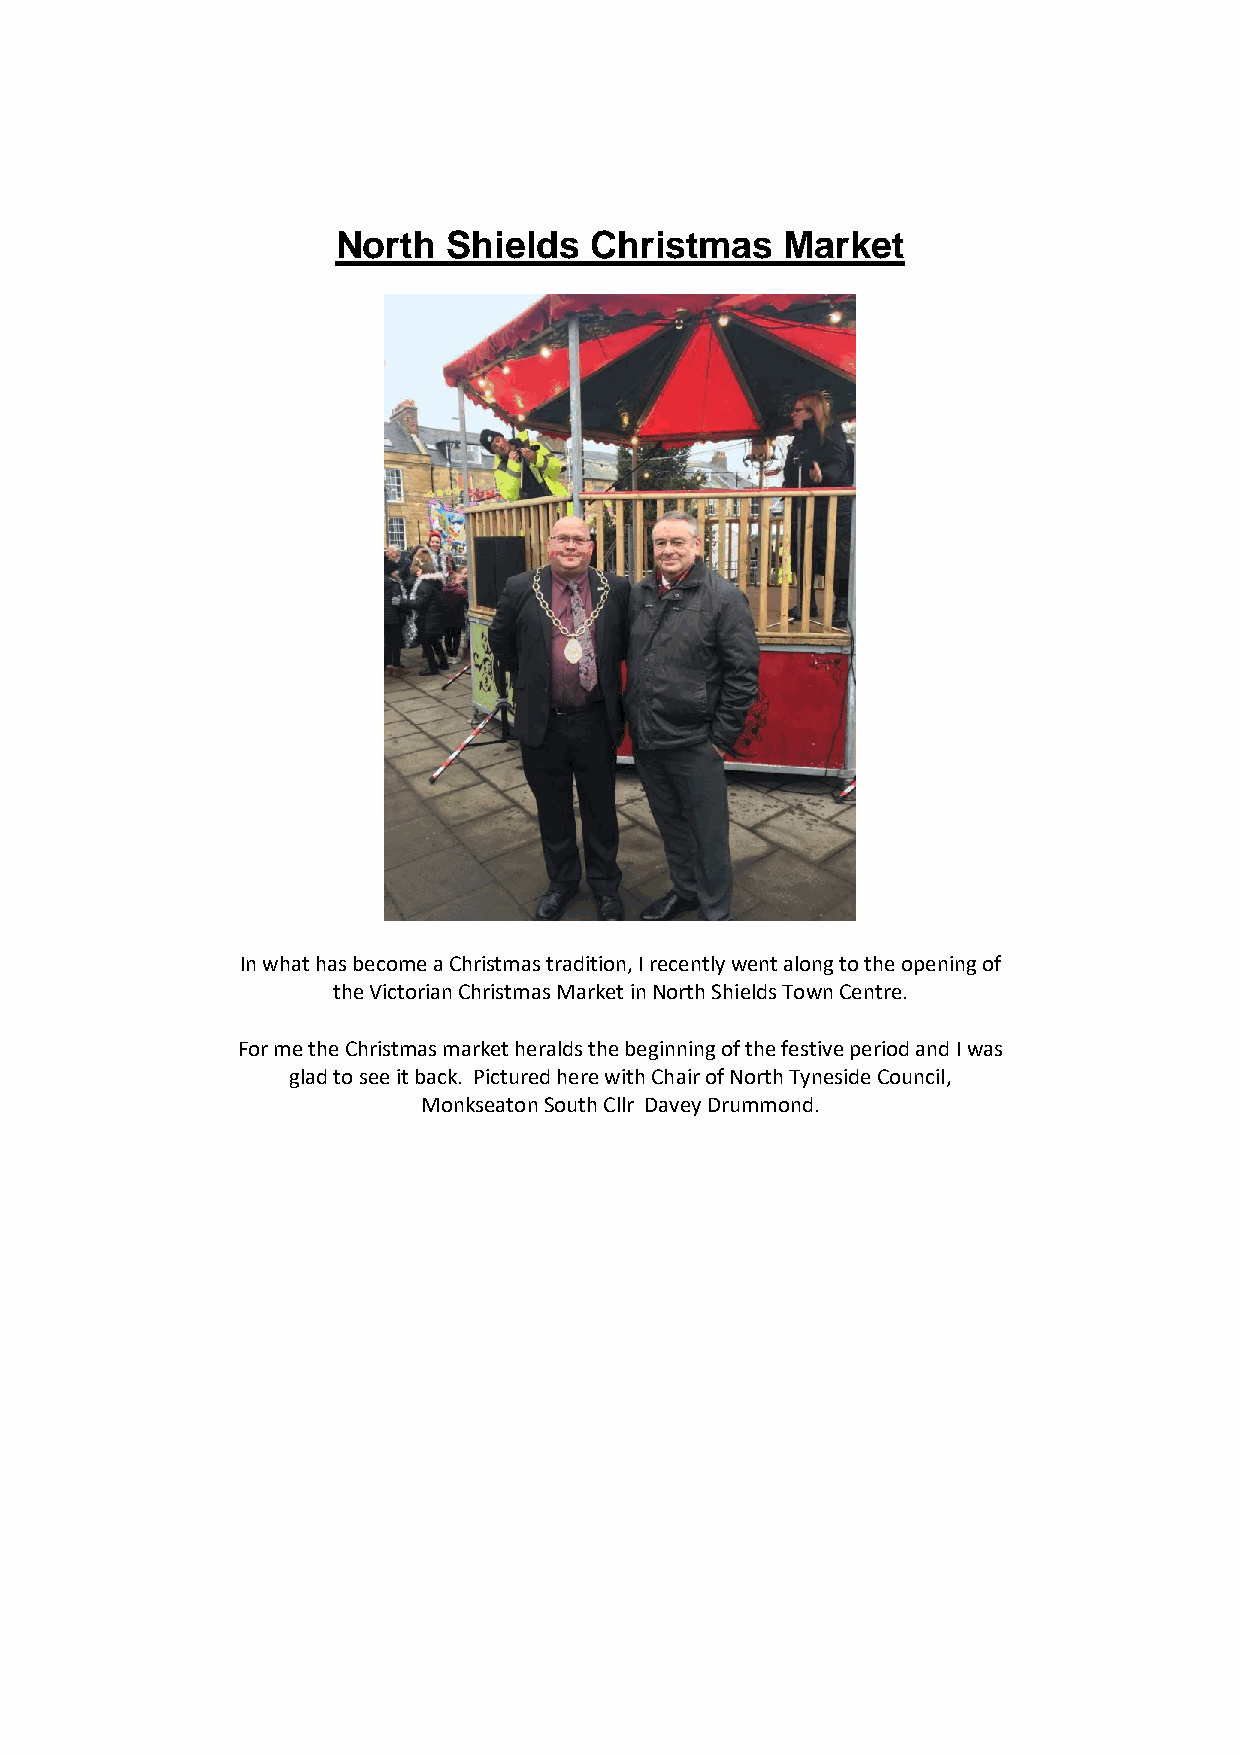
North   Shields  Christmas    Market
 In what has become a Christmas tradition, I recently went along to the opening of
 the Victorian Christmas Market in North Shields Town Centre.
 For me the Christmas market heralds the beginning of the festive period and I was
 glad to see it back. Pictured here with Chair of North Tyneside Council,
 Monkseaton South Cllr Davey Drummond.